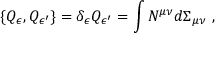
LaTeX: \{ Q _ { \epsilon } , Q _ { \epsilon ^ { \prime } } \} = \delta _ { \epsilon } Q _ { \epsilon ^ { \prime } } = \int N ^ { \mu \nu } d \Sigma _ { \mu \nu } \ ,